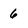
Character: 6